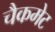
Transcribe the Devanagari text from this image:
चैकमेट